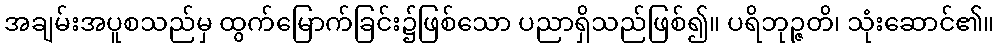
အချမ်းအပူစသည်မှ ထွက်မြောက်ခြင်း၌ဖြစ်သော ပညာရှိသည်ဖြစ်၍။ ပရိဘုဉ္ဇတိ၊ သုံးဆောင်၏။